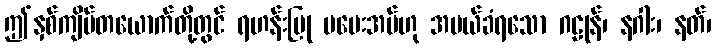
ဤနှစ်ကျိပ်တယောက်တို့တွင် ရဟန်းပြု မပေးအပ်ဟု အပယ်ခံရသော ဂဠုန်၊ နဂါး၊ နတ်၊